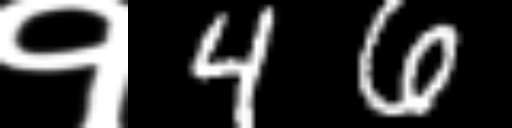
Text: १46